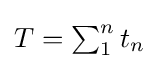
{\textstyle T=\sum _{1}^{n}t_{n}}